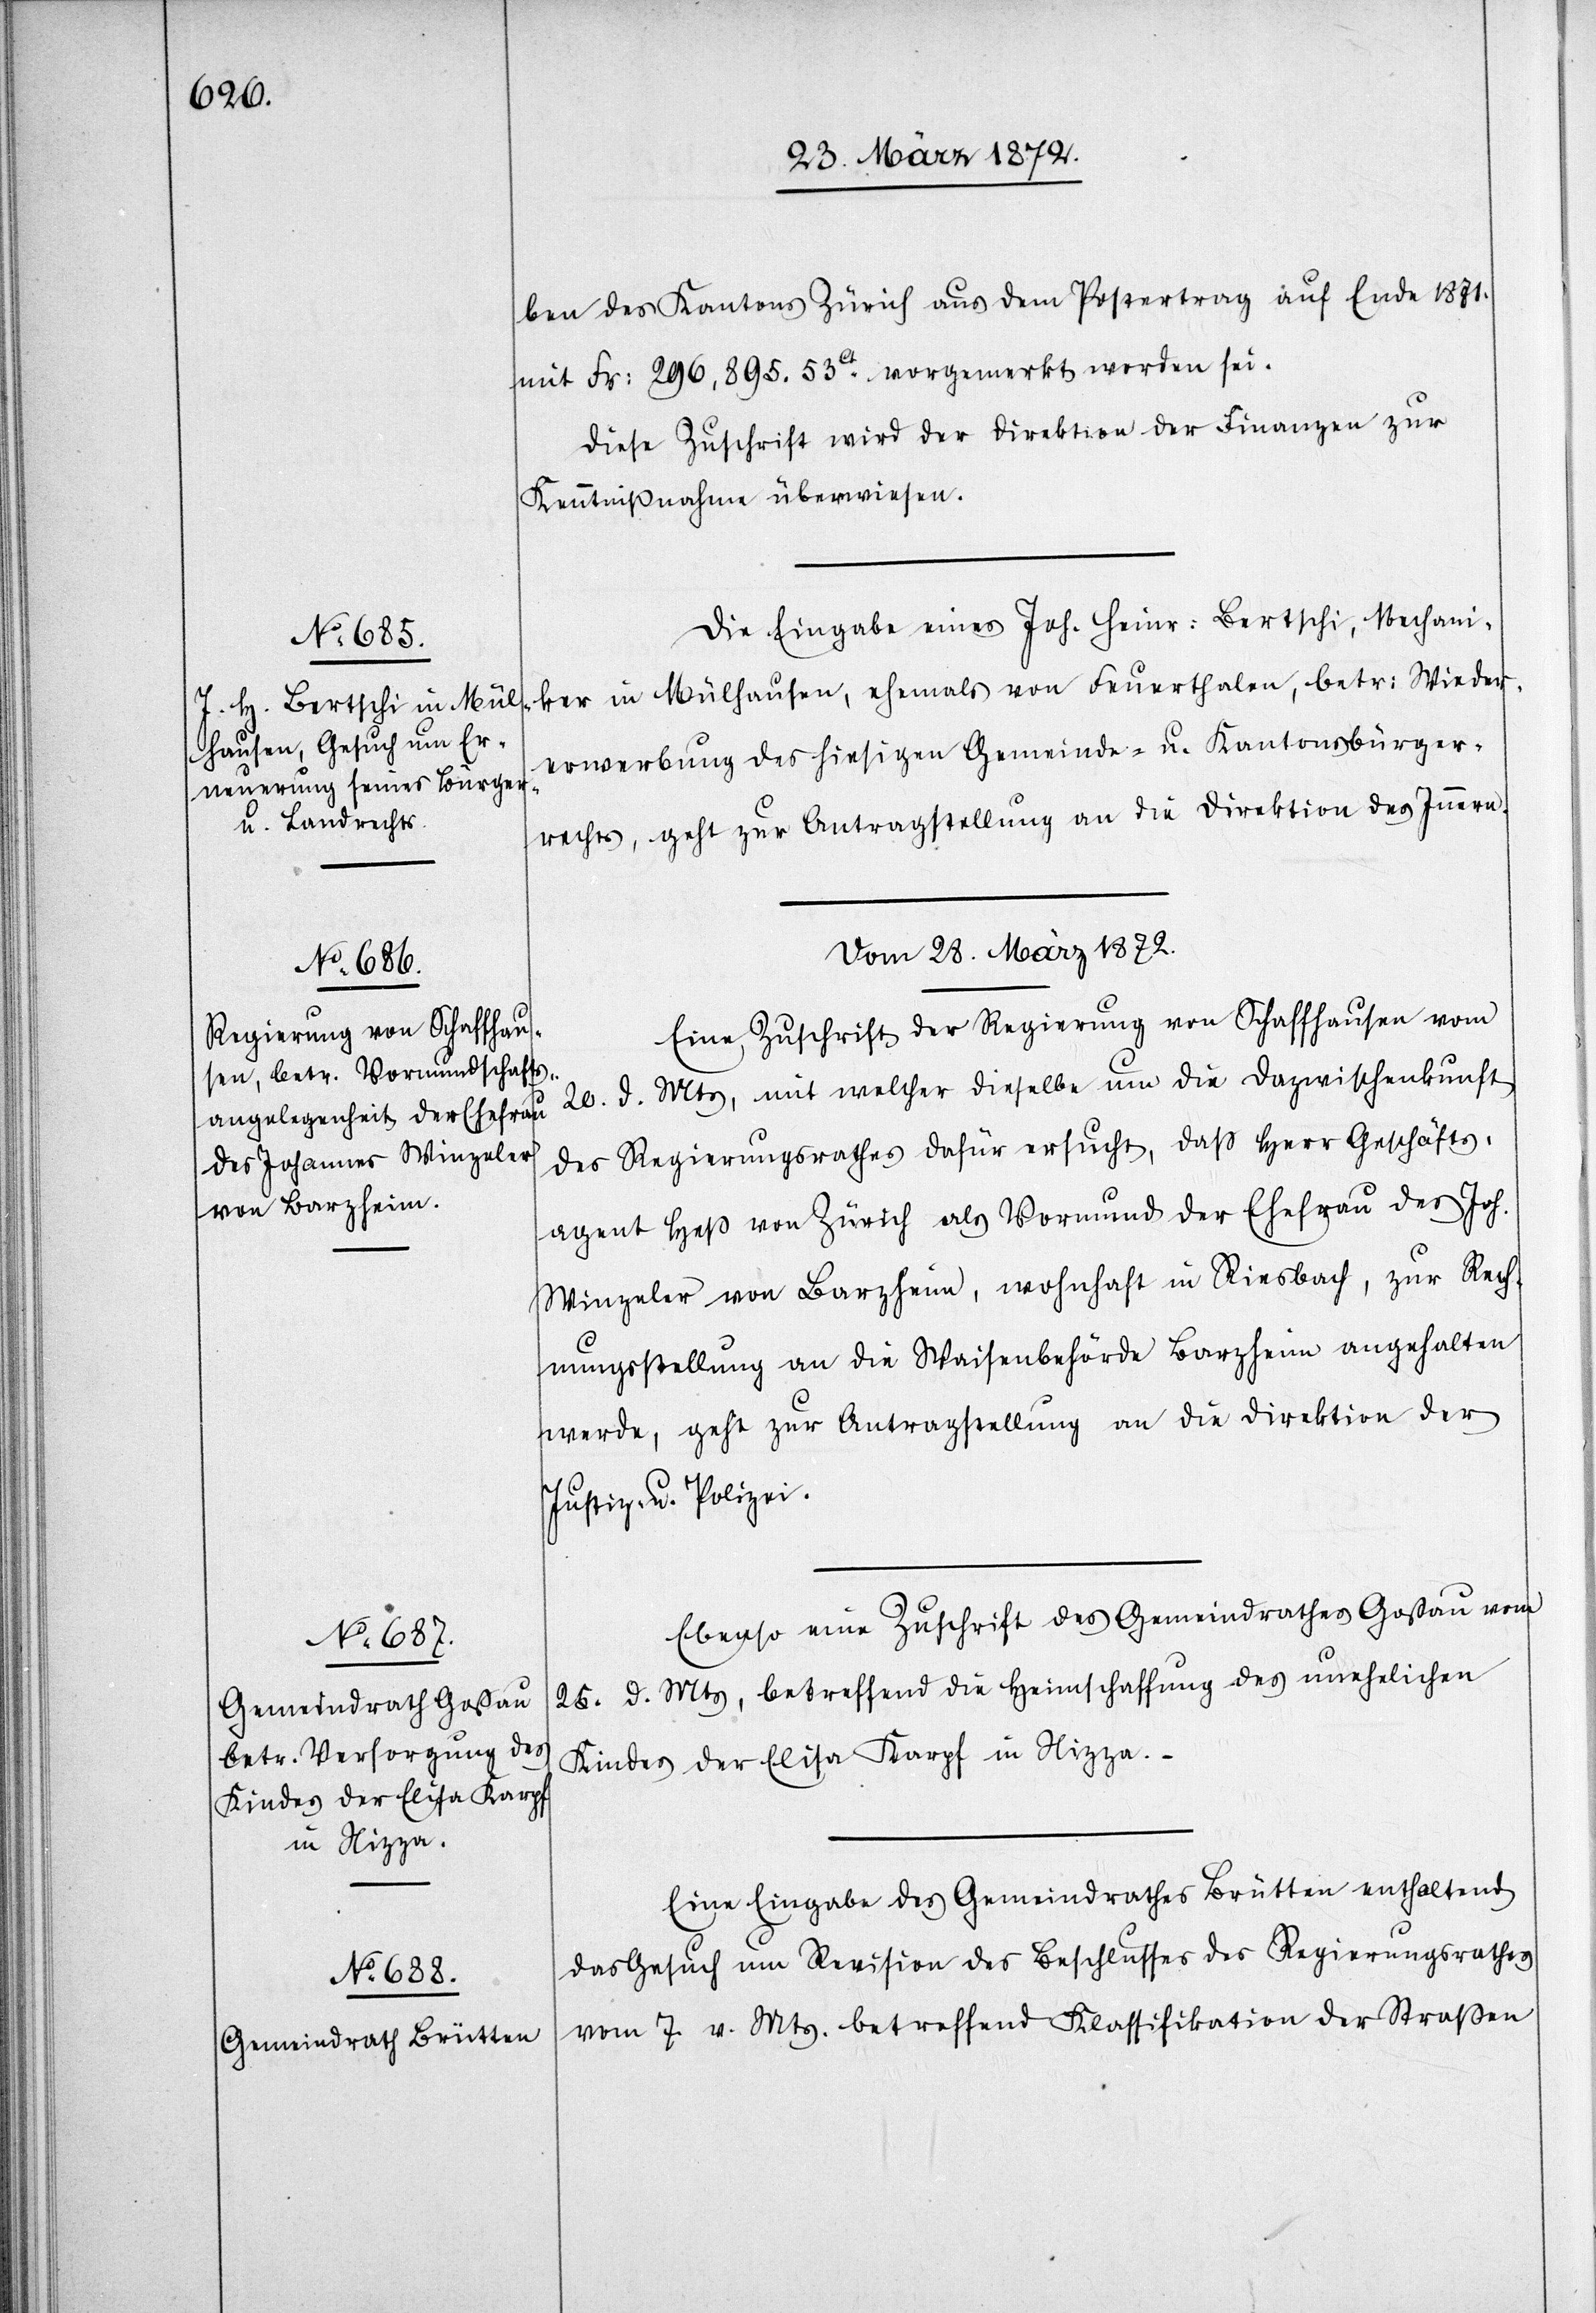
ben des Kantons Zürich aus dem Postertrag auf Ende 1871.
mit Fr: 296,895.53ct vorgemerkt worden sei.
Diese Zuschrift wird der Direktion der Finanzen zur
Kenntnißnahme überwiesen.
Die Eingabe eines Joh. Heinr: Bertschi, Mechani¬
ker in Mülhausen, ehemals von Feuerthalen, betr: Wieder¬
erwerbung des hiesigen Gemeinde- u. Kantonsbürger¬
rechts, geht zur Antragstellung an die Direktion des Innern.
vom 28. März 1872.]
Eine Zuschrift der Regierung von Schaffhausen vom
20. d. Mts, mit welcher dieselbe um die Dazwischenkunft
des Regierungsrathes dafür ersucht, daß Herr Geschäfts¬
agent Heß von Zürich als Vormund der Ehefrau des Joh.
Winzeler von Barzheim, wohnhaft in Riesbach, zur Rech¬
nungsstellung an die Waisenbehörde Barzheim angehalten
werde, geht zur Antragstellung an die Direktion der
Justiz- u. Polizei.
Ebenso eine Zuschrift des Gemeindrathes Gossau vom
25. d. Mts, betreffend die Heimschaffung des unehelichen
Kindes der Elisa Karpf in Nizza.
Eine Eingabe des Gemeindrathes Brütten enthaltend
das Gesuch um Revision des Beschlusses des Regierungsrathes
vom 7. v. Mts. betreffend Klassifikation der Straßen